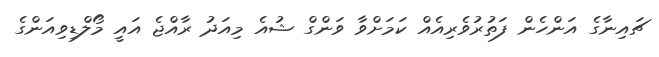
ޗައިނާގެ އަންހެން ފަތުރުވެރިއެއް ކަމަށްވާ ވަންގް ޝުއެ މިއަދު ރާއްޖެ އައީ މޯލްޑިވިއަންގެ